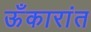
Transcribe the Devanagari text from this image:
ऊँकारांत